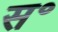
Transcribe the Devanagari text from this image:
स॰